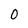
Character: 0